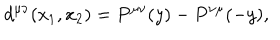
LaTeX: d ^ { \mu \nu } ( x _ { 1 } , x _ { 2 } ) = P ^ { \mu \nu } ( y ) - P ^ { \nu \mu } ( - y ) ,